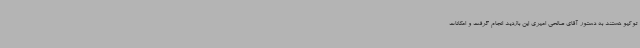
توکیو هستند به دستور آقای صالحی امیری این بازدید انجام گرفت و امکانات